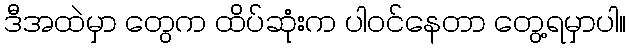
ဒီအထဲမှာ တွေက ထိပ်ဆုံးက ပါဝင်နေတာ တွေ့ရမှာပါ။